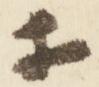
等